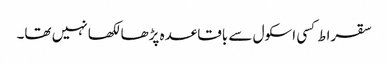
سقراط کسی اسکول سے باقاعدہ پڑھا لکھا نہیں تھا۔